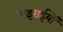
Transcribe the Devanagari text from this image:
गइराईयों